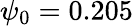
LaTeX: \psi_{0}=0.205